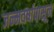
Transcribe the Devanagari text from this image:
जन्मवर्षापासून